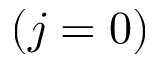
( j = 0 )